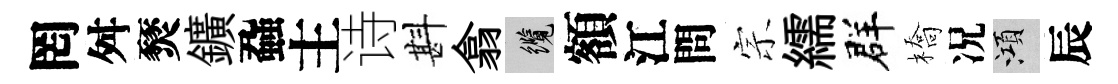
罔舛燹鑛蝨主诗斟翕纜額江問宗繻群橋况澒辰